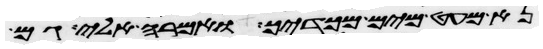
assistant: נא מעט מים מכדך ואמרה אלי גם